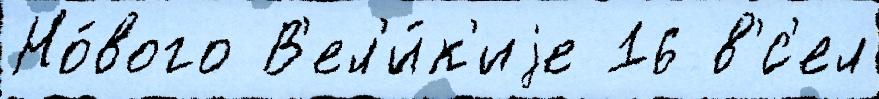
Но́вого В'ел'и́к'иjе 16 в'́с'ел